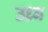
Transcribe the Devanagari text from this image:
उध्र्व